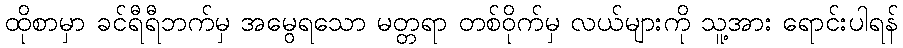
ထိုစာမှာ ခင်ရီရီဘက်မှ အမွေရသော မတ္တရာ တစ်ဝိုက်မှ လယ်များကို သူ့အား ရောင်းပါရန်